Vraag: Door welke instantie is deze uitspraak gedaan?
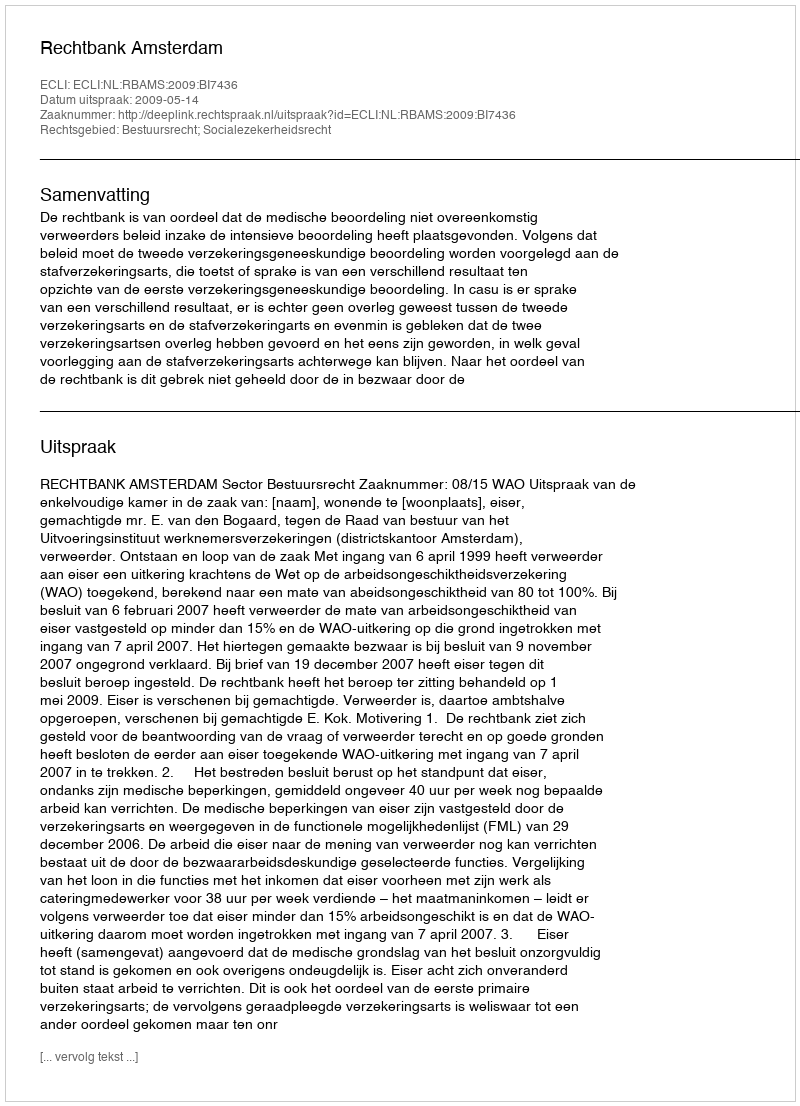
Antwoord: Rechtbank Amsterdam